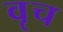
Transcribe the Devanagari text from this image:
वृच